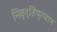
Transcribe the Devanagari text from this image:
निवृत्तिप्रधान